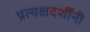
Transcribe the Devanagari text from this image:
प्रत्यक्षदर्शींनी